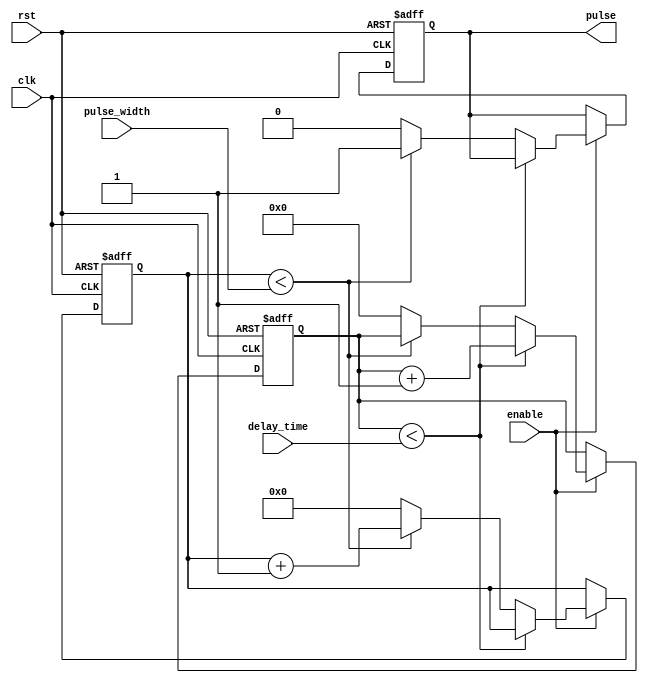
module falling_edge_pulse_generator (
  input wire clk,  // Clock input
  input wire rst,  // Reset input
  input wire enable,  // Enable signal
  input wire [31:0] delay_time,  // Delay time input
  input wire [7:0] pulse_width,  // Pulse width input
  
  output reg pulse  // Falling edge pulse output
);

reg [31:0] counter;  // Counter for delay time
reg [7:0] width_counter;  // Counter for pulse width

always @ (posedge clk or posedge rst) begin
  if (rst) begin
    counter <= 0;
    width_counter <= 0;
    pulse <= 0;
  end
  else if (enable) begin
    if (counter < delay_time) begin
      counter <= counter + 1;
    end
    else begin
      if (width_counter < pulse_width) begin
        width_counter <= width_counter + 1;
        pulse <= 1;
      end
      else begin
        pulse <= 0;
        counter <= 0;
        width_counter <= 0;
      end
    end
  end
end

endmodule